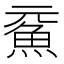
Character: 𩵶